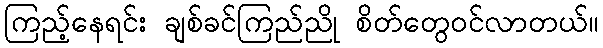
ကြည့်နေရင်း ချစ်ခင်ကြည်ညို စိတ်တွေဝင်လာတယ်။